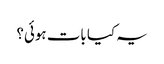
یہ کیا بات ہوئی؟